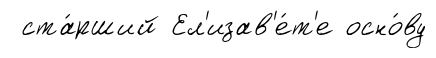
ста́рший Ел'изав'е́т'е осно́ву